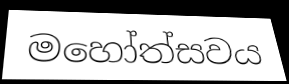
මහෝත්සවය